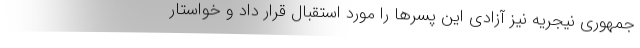
جمهوری نیجریه نیز آزادی این پسرها را مورد استقبال قرار داد و خواستار